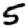
Digit: 5